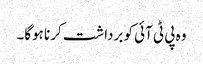
وہ پی ٹی آئی کو برداشت کرنا ہوگا۔